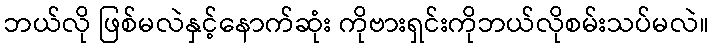
ဘယ်လို ဖြစ်မလဲနှင့်နောက်ဆုံး ကိုဗားရှင်းကိုဘယ်လိုစမ်းသပ်မလဲ။